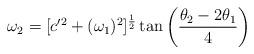
LaTeX: \begin{align*}\omega _2 = [c'^2 + (\omega_1)^2]^{1 \over 2}\tan \left( {\theta_2 - 2 \theta_1 \over 4} \right)\end{align*}